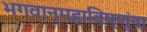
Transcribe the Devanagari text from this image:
भगवान्महाविष्णूंना